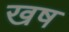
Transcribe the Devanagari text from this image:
खष